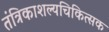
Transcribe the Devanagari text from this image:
तंत्रिकाशल्यचिकित्सक